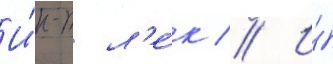
И́н-т л'е́к // И́